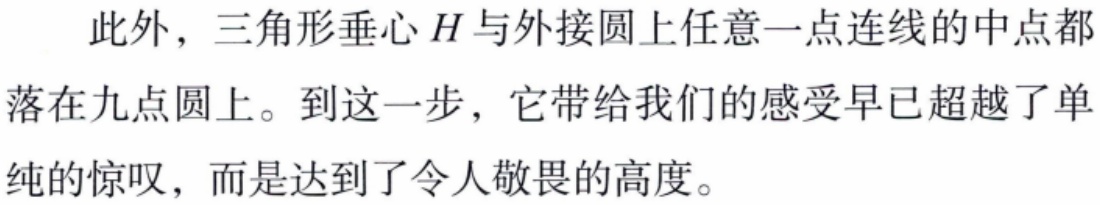
此外，三角形垂心\(H\)与外接圆上任意一点连线的中点都落在九点圆上。到这一步，它带给我们的感受早已超越了单纯的惊叹，而是达到了令人敬畏的高度。